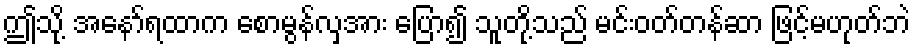
ဤသို့ အနော်ရထာက စောမွန်လှအား ပြော၍ သူတို့သည် မင်းဝတ်တန်ဆာ ဖြင့်မဟုတ်ဘဲ